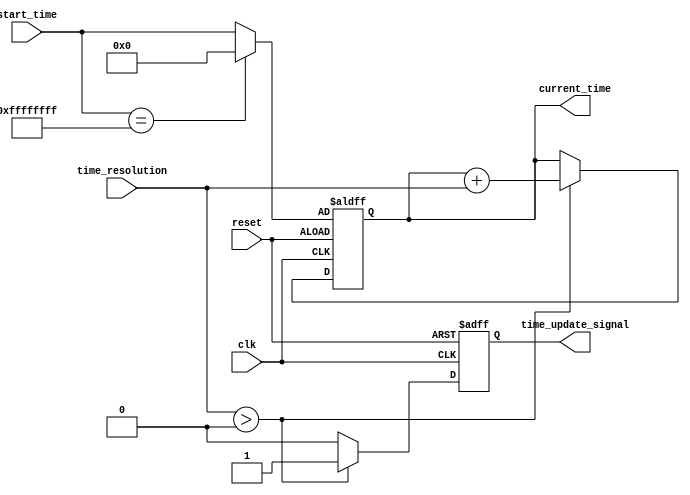
module SimulationTimeInitializer #(
    parameter integer DEFAULT_START_TIME = 0,  // Default start time in nanoseconds
    parameter integer DEFAULT_TIME_RESOLUTION = 1 // Default time resolution in nanoseconds
)(
    input wire clk,                 // Clock signal
    input wire reset,               // Reset signal
    input wire [31:0] start_time,   // Start time input (in nanoseconds)
    input wire [31:0] time_resolution, // Time resolution input (in nanoseconds)
    output reg [31:0] current_time,  // Current time output (in nanoseconds)
    output reg time_update_signal     // Time update signal
);

    initial begin
        // Initialize current time to the start time
        current_time = DEFAULT_START_TIME;
        time_update_signal = 0;
    end

    always @(posedge clk or posedge reset) begin
        if (reset) begin
            // Reset current time to the specified start time or default
            current_time <= (start_time == 32'hFFFFFFFF) ? DEFAULT_START_TIME : start_time;
            time_update_signal <= 0;
        end else begin
            // Increment current time based on time resolution
            // Ensure the time resolution is within acceptable limits
            if (time_resolution > 0) begin
                current_time <= current_time + time_resolution;
                time_update_signal <= 1; // Indicate that time has been updated
            end else begin
                time_update_signal <= 0; // No update signal if resolution is invalid
            end
        end
    end

    // Optional: Event handling can be incorporated here based on current_time
    always @(current_time) begin
        // Example of an event condition (arbitrary threshold)
        if (current_time >= 1000) begin // Example threshold at 1000 ns
            // Trigger a specific event or action here
            // This could be used for logging, triggering other signals, etc.
        end
    end

endmodule